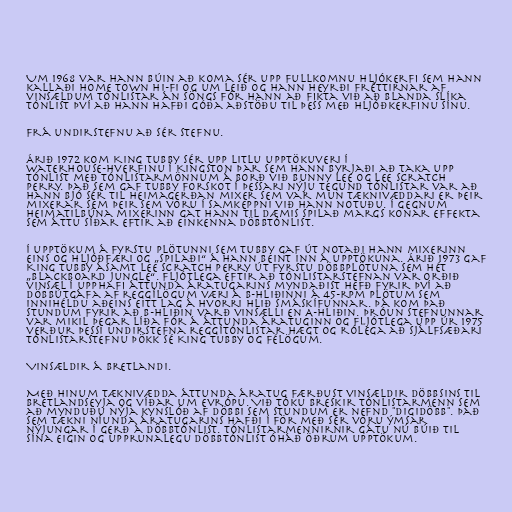
Um 1968 var hann búin að koma sér upp fullkomnu hljókerfi sem hann
kallaði Home Town Hi-Fi og um leið og hann heyrði fréttirnar af
vinsældum tónlistar án söngs fór hann að fikta við að blanda slíka
tónlist því að hann hafði góða aðstöðu til þess með hljóðkerfinu sínu.

Frá undirstefnu að sér stefnu.

Árið 1972 kom King Tubby sér upp litlu upptökuveri í
Waterhouse-hverfinu í Kingston þar sem hann byrjaði að taka upp
tónlist með tónlistarmönnum á borð við Bunny Lee og Lee Scratch
Perry. Það sem gaf Tubby forskot í þessari nýju tegund tónlistar var að
hann bjó sér til heimagerðan mixer sem var mun tæknivæddari er þeir
mixerar sem þeir sem voru í samkeppni við hann notuðu. Í gegnum
heimatilbúna mixerinn gat hann til dæmis spilað margs konar effekta
sem áttu síðar eftir að einkenna döbbtónlist.

Í upptökum á fyrstu plötunni sem Tubby gaf út notaði hann mixerinn
eins og hljóðfæri og „spilaði“ á hann beint inn á upptökuna. Árið 1973 gaf
King Tubby ásamt Lee Scratch Perry út fyrstu döbbplötuna sem hét
„Blackboard Jungle“. Fljótlega eftir að tónlistarstefnan var orðið
vinsæl í upphafi áttunda áratugarins myndaðist hefð fyrir því að
döbbútgáfa af reggílögum væri á B-hliðinni á 45-rpm plötum sem
innihéldu aðeins eitt lag á hvorri hlið smáskífunnar. Þá kom það
stundum fyrir að B-hliðin varð vinsælli en A-hliðin. Þróun stefnunnar
var mikil þegar líða fór á áttunda áratuginn og fljótlega upp úr 1975
verður þessi undirstefna reggítónlistar hægt og rólega að sjálfsæðari
tónlistarstefnu þökk sé King Tubby og félögum.

Vinsældir á Bretlandi.

Með hinum tæknivædda áttunda áratug færðust vinsældir döbbsins til
Bretlandseyja og víðar um Evrópu. Við tóku breskir tónlistarmenn sem
að mynduðu nýja kynslóð af döbbi sem stundum er nefnd "digidöbb". Það
sem tækni níunda áratugarins hafði í för með sér voru ýmsar
nýjungar í gerð á döbbtónlist. Tónlistarmennirnir gátu nú búið til
sína eigin og upprunalegu döbbtónlist óháð öðrum upptökum.